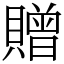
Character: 贈